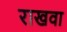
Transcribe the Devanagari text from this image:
राखवा